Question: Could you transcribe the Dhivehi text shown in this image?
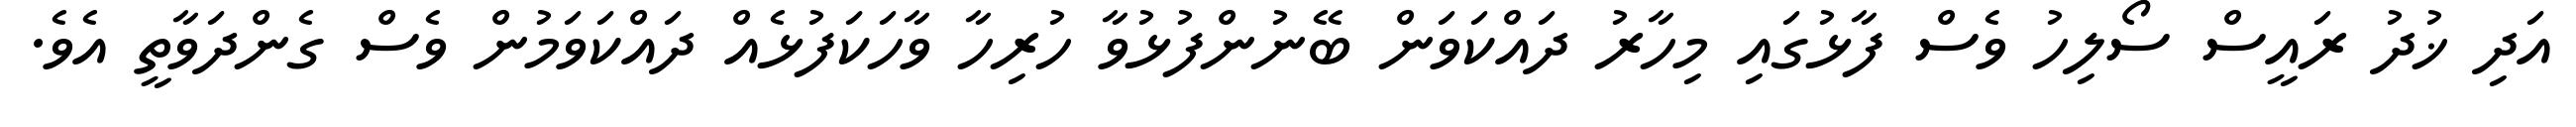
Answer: އަދި ޚުދު ރައީސް ސޯލިހު ވެސް ފާޅުގައި މިހާރު ދައްކަވަން ބޭނުންފުޅުވާ ހުރިހާ ވާހަކަފުޅެއް ދައްކަވަމުން ވެސް ގެންދަވާތީ އެވެ.